Medical and sanitary report of the native army of Bengal for the year
Year: 1875
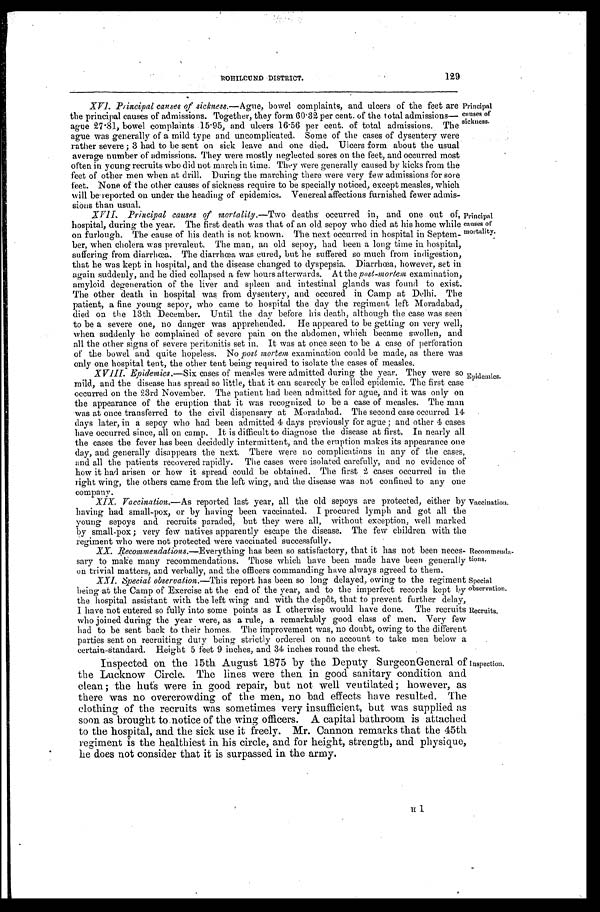
ROHILCUND DISTRICT.
129
Principal
causes of
sickness.
XV1. Principal causes of sickness.—Ague, bowel complaints, and ulcers of the feet are
the principal causes of admissions. Together, they form 60.32 per cent. of the total admissions—
ague 27.81, bowel complaints 15.95, and ulcers 16.56 per cent. of total admissions. The
ague was generally of a mild type and uncomplicated. Some of the cases of dysentery were
rather severe; 3 had to be sent on sick leave and one died. Ulcers form about the usual
average-number of admissions. They were mostly neglected sores on the feet, and occurred most
often in young recruits who did not march in time. They were generally caused by kicks from the
feet of other men when at drill. During the marching there were very few admissions for sore
feet. None of the other causes of sickness require to be specially noticed, except measles, which
will be reported on under the heading of epidemics. Venereal affections furnished fewer admis
-sious than usual.
Principal
causes of
mortality.
XV1I. Principal causes of mortality. —Two deaths occurred in, and one out of,
hospital, during the year. The first death was that of an old sepoy who died at his home while
on furlough. The cause of his death is not known. The next occurred in hospital in Septem-
ber, when cholera was prevalent. The man, an old sepoy, had been a long time in hospital,
suffering from diarrhœa. The diarrhœa was cured, but he suffered so much from indigestion,
that he was kept in hospital, and the disease changed to dyspepsia. Diarrhœa, however, set in
again suddenly, and he died collapsed a few hours afterwards. At the post-mortem examination,
amyloid degeneration of the liver and spleen and intestinal glands was found to exist.
The other death in hospital was from dysentery, and occured in Camp at Delhi. The
patient, a fine young sepoy, who came to hospital the day the regiment left Moradabad,
died on the 13th December. Until the day before his death, although the case was seen
to be a severe one, no danger was apprehended. He appeared to be getting on very well,
when suddenly he complained of severe pain on the abdomen, which became swollen, and
all the other signs of severe peritonitis set in. It was at once seen to be a case of perforation
of the bowel and quite hopeless. No post mortem examination could be made, as there was
only one hospital tent, the other tent being required to isolate the cases of measles.
Epidemics.
XVIII. Epidemics.—Six cases of measles were admitted during the year. They were so
mild, and the disease has spread so little, that it can scarcely be called epidemic. The first case
occurred on the 23rd November. The patient had been admitted for ague, and it was only on
the appearance of the eruption that it was recognized to be a case of measles. The man
was at once transferred to the civil dispensary at Moradabad. The second case occurred 14
days later, in a sepoy who had been admitted 4 days previously for ague; and other 4 cases
have occurred since, all on camp. It is difficult to diagnose the disease at first. In nearly all
the cases the fever has been decidedly intermittent, and the eruption makes its appearance one
day, and generally disappears the next. There were no complications in any of the cases,
and all the patients recovered rapidly. The cases were isolated carefully, and no evidence of
how it had arisen or how it spread could be obtained. The first 2 cases occurred in the
right wing, the others came from the left wing, and the disease was not confined to any one
company.
Vaccination.
XIX. Vaccination.—As reported last year, all the old sepoys are protected, either by
having had small-pox, or by having been vaccinated. I procured lymph and got all the
young sepoys and recruits paraded, but they were all, without exception, well marked
by small-pox; very few natives apparently escape the disease. The few children with the
regiment who were not protected were vaccinated successfully.
Recommenda-tions.
XX.
Recommendations.—Everything has been so satisfactory, that it has not been neces-
sary to make many recommendations. Those which have been made have been generally
on trivial matters, and verbally, and the officers commanding have always agreed to them.
Special
observation.
Recruits.
XXI.
Special observation.—This report has been so long delayed, owing to the regiment
being at the Camp of Exercise at the end of the year, and to the imperfect records kept
by the hospital assistant with the left wing and with the depôt, that to prevent further delay,
I have not entered so fully into some points as I otherwise would have done. The recruits
who joined during the year were, as a rule, a remarkably good class of men. Very few
had to be sent back to their homes. The improvement was, no doubt, owing to the different
parties sent on recruiting duty being strictly ordered on no account to take men below a
certain standard. Height 5 feet 9 inches, and 34 inches round the chest.
Inspection.
Inspected on the 15th August 1875 by the Deputy Surgeon General of
the Lucknow Circle. The lines were then in good sanitary condition and
clean; the huts were in good repair, but not well ventilated; however, as
there was no overcrowding of the men, no bad effects have resulted. The
clothing of the recruits was sometimes very insufficient, but was supplied as
soon as brought to notice of the wing officers. A capital bathroom is attached
to the hospital, and the sick use it freely. Mr. Cannon remarks that the 45th
regiment is the healthiest in his circle, and for height, strength, and physique,
he does not consider that it is surpassed in the army.